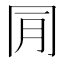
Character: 𠕔